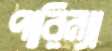
পারিন্যা